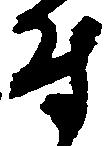
付